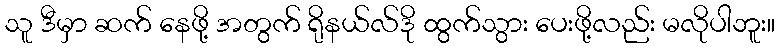
သူ ဒီမှာ ဆက် နေဖို့ အတွက် ရိုနယ်လ်ဒို ထွက်သွား ပေးဖို့လည်း မလိုပါဘူး။